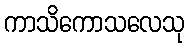
ကာသိကောသလေသု